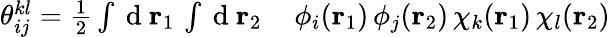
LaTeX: \begin{array}{rl}{{\theta}_{ij}^{kl}=\frac{1}{2}\int\mathrm{~d~}{\mathbf{r}_{1}}\, \int\mathrm{~d~}{\mathbf{r}_{2}}}&{{}\, \phi_{i}({\mathbf{r}_{1}})\, \phi_{j}({\mathbf{r}_{2}})\, \chi_{k}({\mathbf{r}_{1}})\, \chi_{l}({\mathbf{r}_{2}})}\end{array}